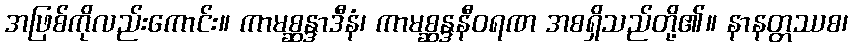
အဖြစ်ကိုလည်းကောင်း။ ကာမစ္ဆန္ဒာဒီနံ၊ ကာမစ္ဆန္ဒနီဝရဏ အစရှိသည်တို့၏။ နာနတ္တဿစ၊